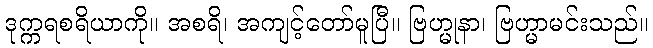
ဒုက္ကရစရိယာကို။ အစရိ၊ အကျင့်တော်မူပြီ။ ဗြဟ္မုနာ၊ ဗြဟ္မာမင်းသည်။